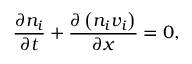
\frac { \partial { n _ { i } } } { \partial t } + \frac { \partial \left( n _ { i } v _ { i } \right) } { \partial x } = 0 ,